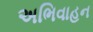
અભિવાહન